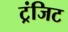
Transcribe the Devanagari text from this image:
ट्रंजिट